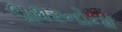
લૂથરનોના